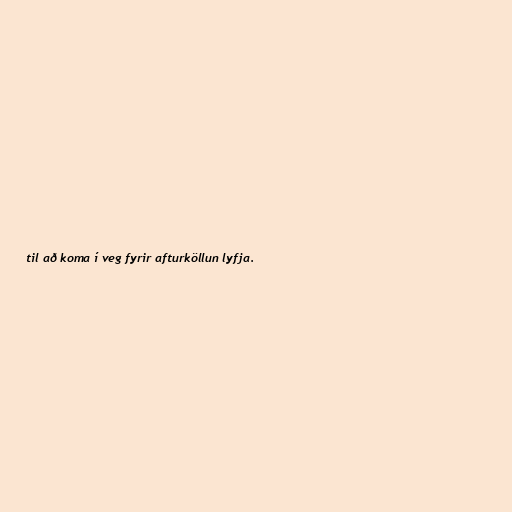
til að koma í veg fyrir afturköllun lyfja.